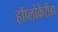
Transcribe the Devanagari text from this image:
हॉप्लोकेरीडा